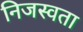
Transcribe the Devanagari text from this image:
निजस्वता